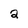
Character: 2